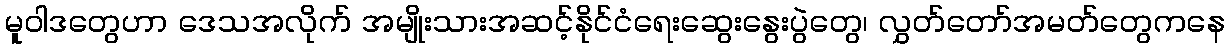
မူဝါဒတွေဟာ ဒေသအလိုက် အမျိုးသားအဆင့်နိုင်ငံရေးဆွေးနွေးပွဲတွေ၊ လွှတ်တော်အမတ်တွေကနေ